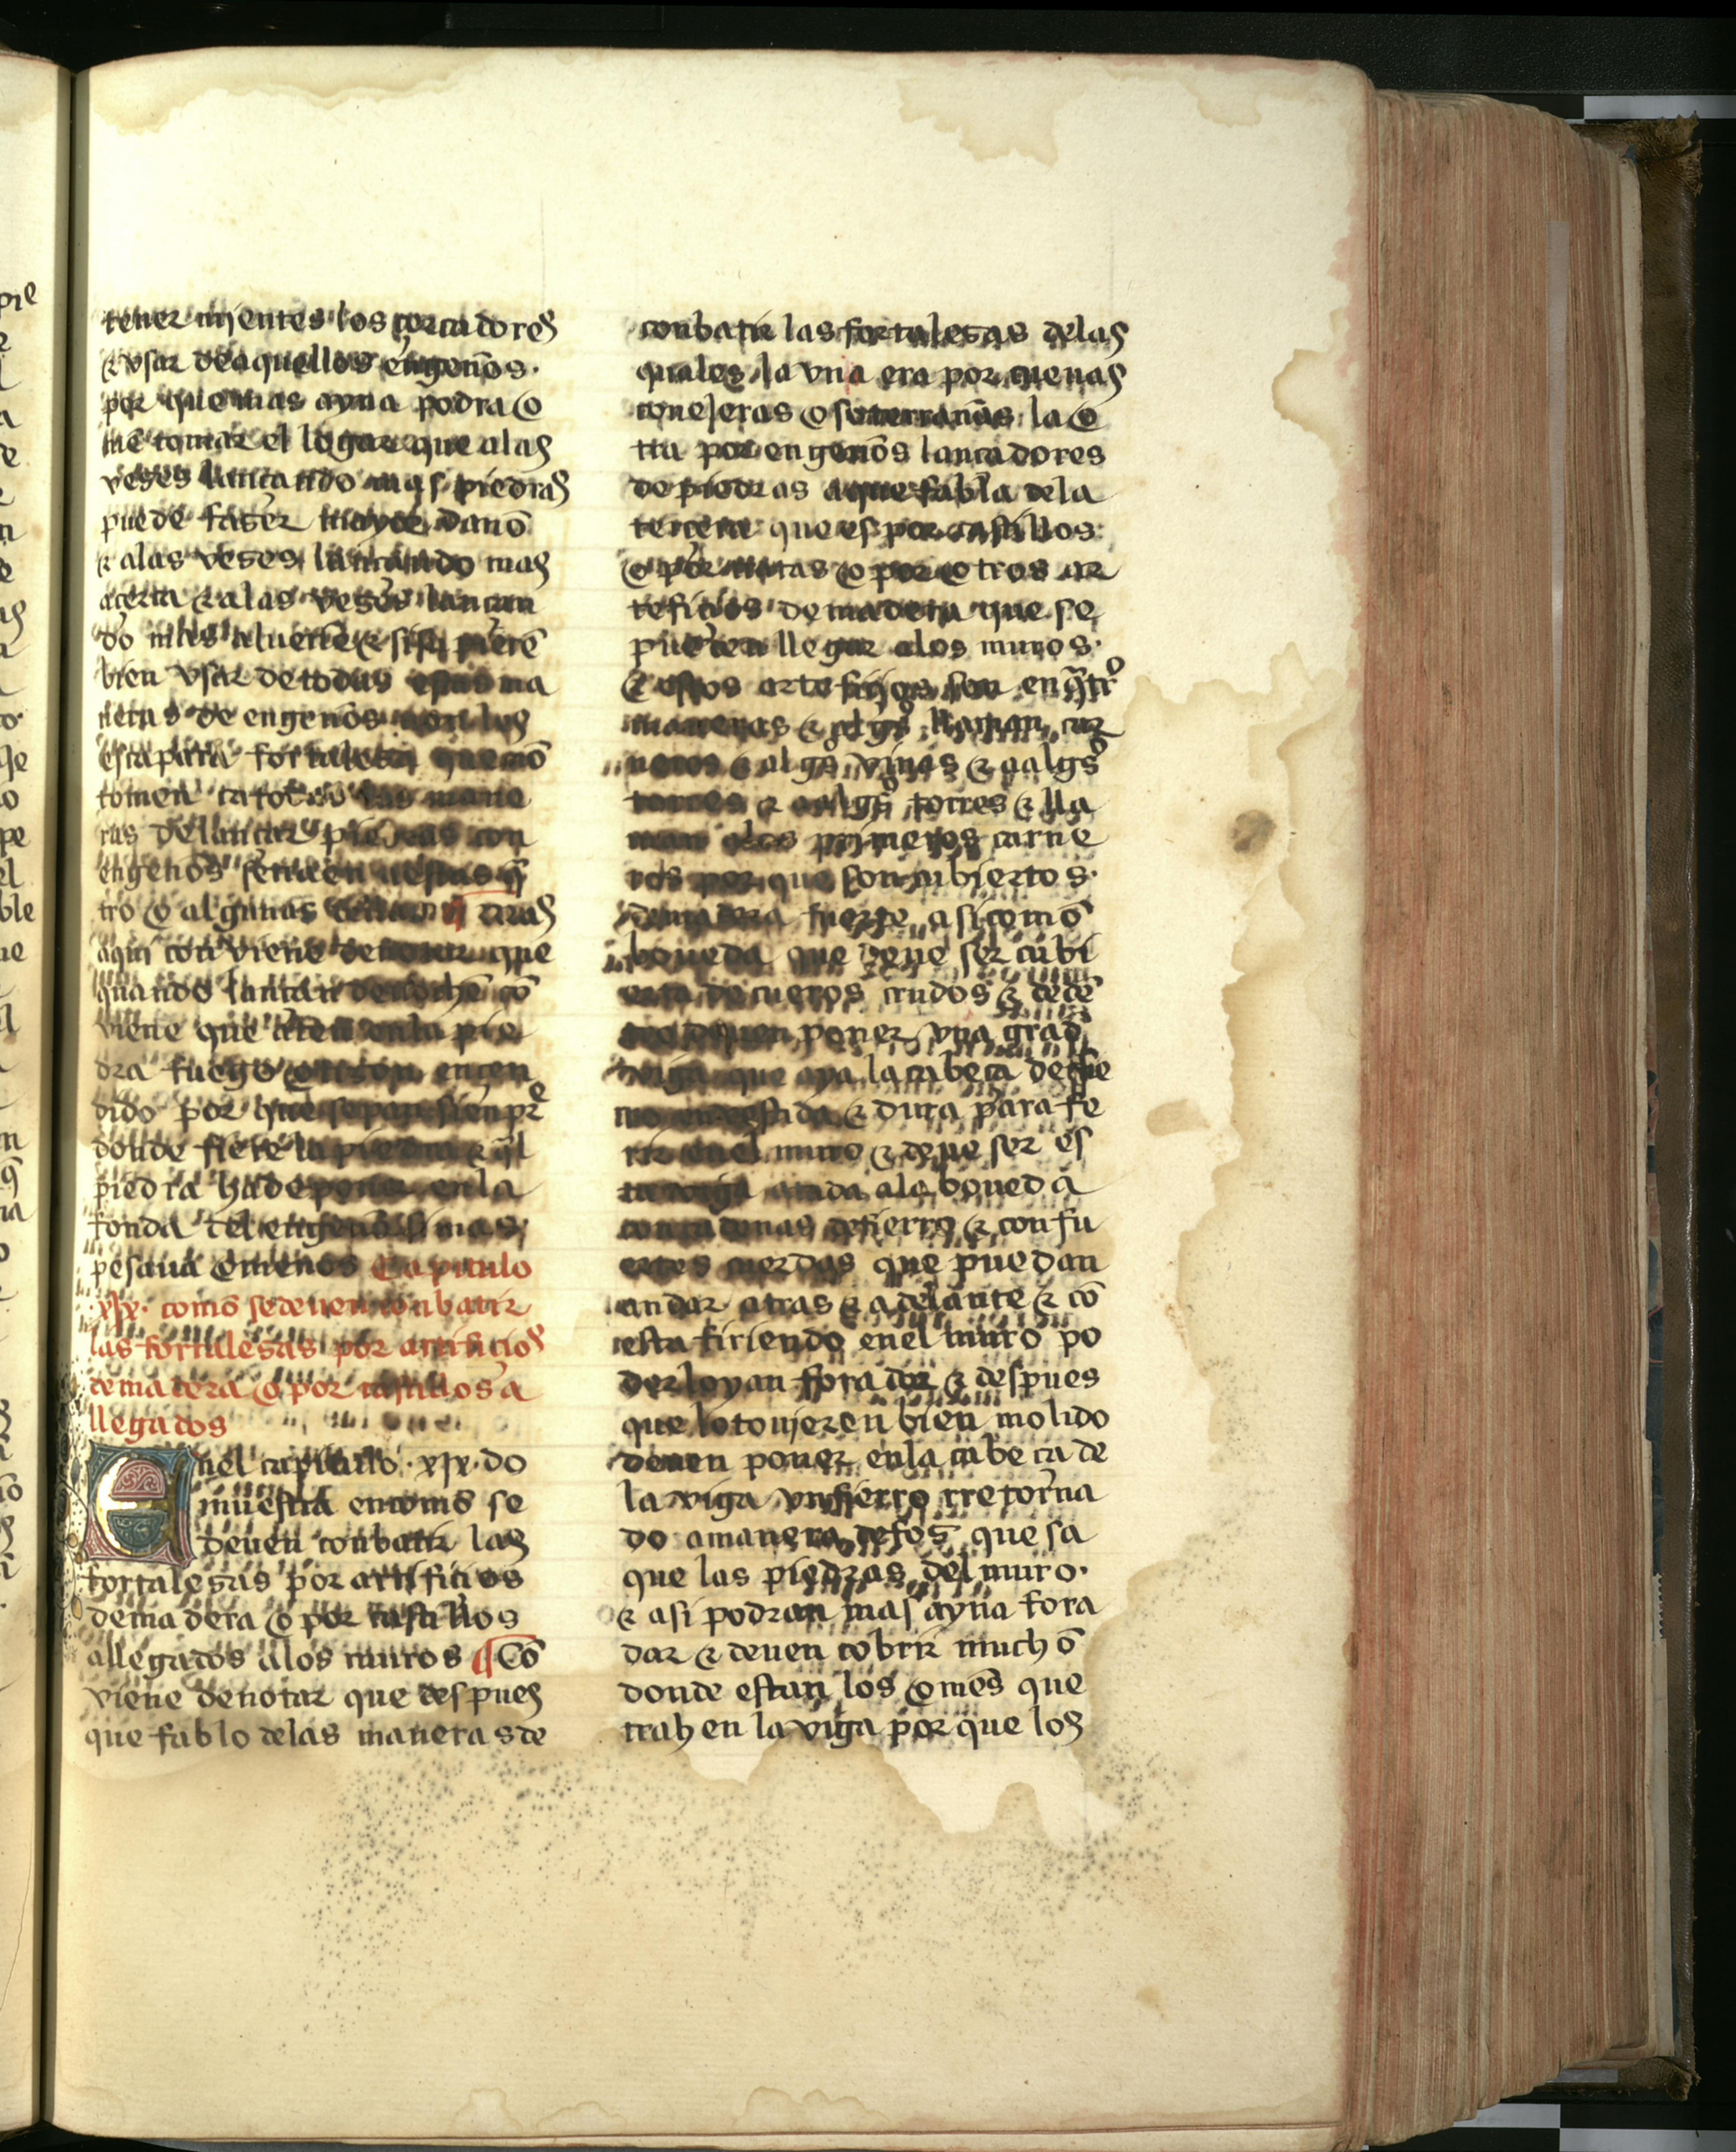
Shelfmark: Salamanca, Biblioteca Histórica USAL, 2709
Century: 15